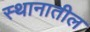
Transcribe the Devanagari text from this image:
स्थानातील